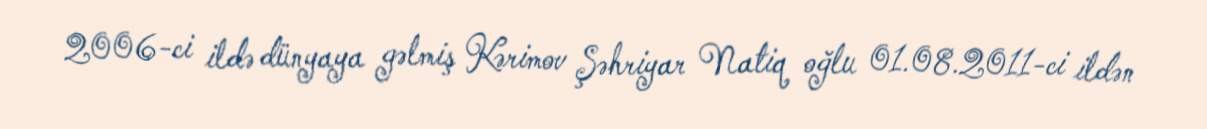
2006-ci ildə dünyaya gəlmiş Kərimov Şəhriyar Natiq oğlu 01.08.2011-ci ildən